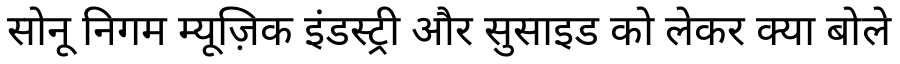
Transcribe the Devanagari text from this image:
सोनू निगम म्यूज़िक इंडस्ट्री और सुसाइड को लेकर क्या बोले